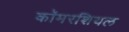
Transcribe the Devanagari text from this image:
कॉमरशियल